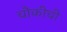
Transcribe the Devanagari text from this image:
चौकीची